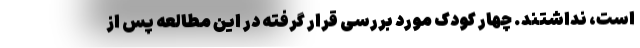
است، نداشتند. چهار کودک مورد بررسی قرار گرفته در این مطالعه پس از